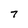
Character: 7